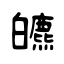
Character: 皫